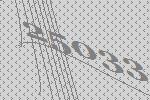
25033